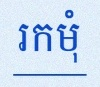
រកមុំ